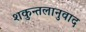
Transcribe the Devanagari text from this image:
शकुन्तलानुवाद